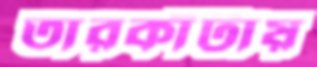
তারকাঁটায়